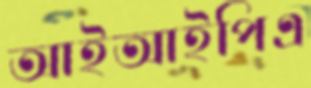
আইআইপিএ